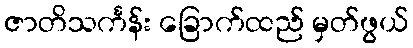
ဇာတိသင်္ကန်း ခြောက်ထည် မှတ်ဖွယ်